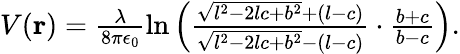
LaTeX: \begin{array}{r}{V(\mathbf{r})=\frac{\lambda}{8\pi\epsilon_{0}}\ln\left(\frac{\sqrt{l^{2}-2lc+b^{2}}+(l-c)}{\sqrt{l^{2}-2lc+b^{2}}-(l-c)}\cdot\frac{b+c}{b-c}\right).}\end{array}